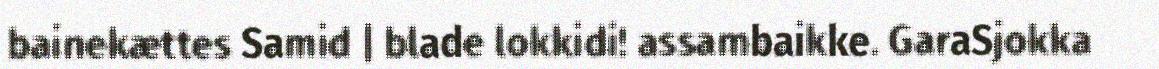
bainekættes Samid | blade lokkidi! assambaikke. GaraSjokka